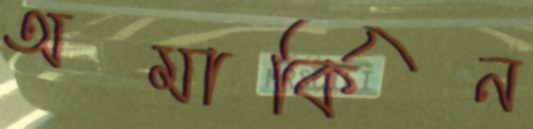
অমার্কিন